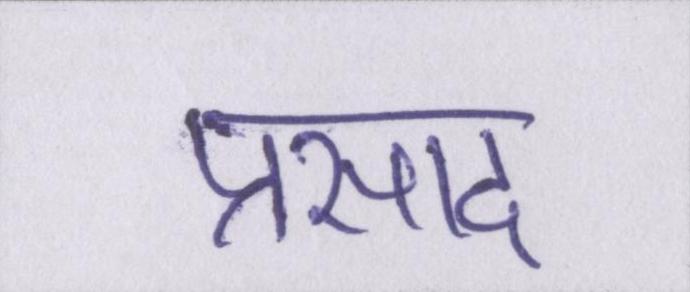
प्रसाद